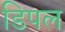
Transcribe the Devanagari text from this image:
डिपल